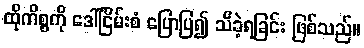
ထိုကိစ္စကို ဒေါ်ငြိမ်းစံ ပြောပြ၍ သိခဲ့ရခြင်း ဖြစ်သည်။